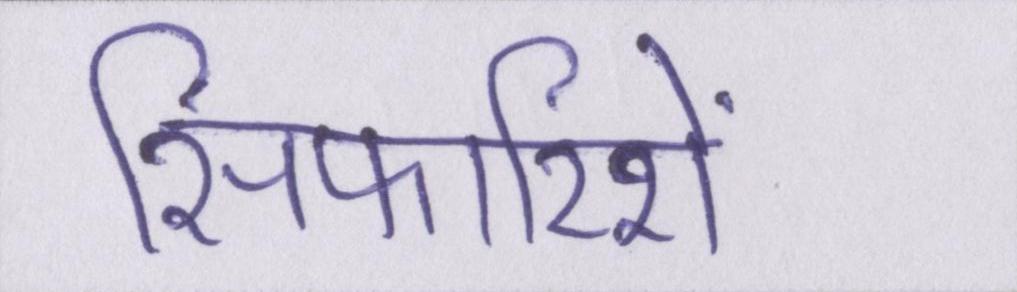
सिफारिशें